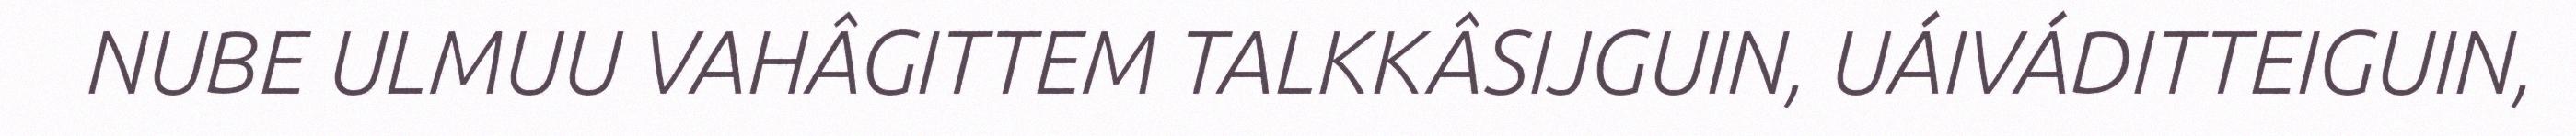
NUBE ULMUU VAHÂGITTEM TALKKÂSIJGUIN, UÁIVÁDITTEIGUIN,